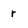
Character: r